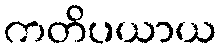
ကတိပယာယ